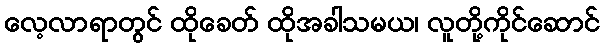
လေ့လာရာတွင် ထိုခေတ် ထိုအခါသမယ၊ လူတို့ကိုင်ဆောင်